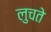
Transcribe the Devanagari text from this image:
लुचते